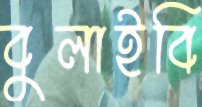
বুলাইবি